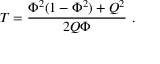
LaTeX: T = { \frac { \Phi ^ { 2 } ( 1 - \Phi ^ { 2 } ) + Q ^ { 2 } } { 2 Q \Phi } } \ .